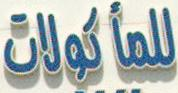
للمأكولات